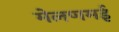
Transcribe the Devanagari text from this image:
मेलणमई